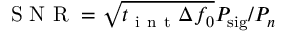
\mathrm { ~ S ~ N ~ R ~ } = \sqrt { t _ { \mathrm { ~ i ~ n ~ t ~ } } \Delta f _ { 0 } } P _ { \mathrm { s i g } } / P _ { n }